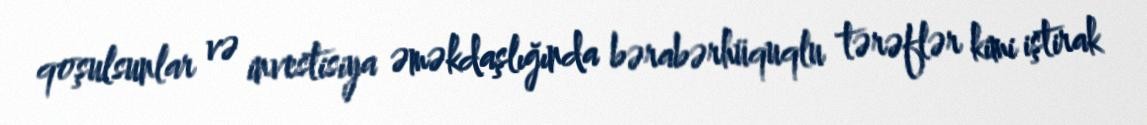
qoşulsunlar və investisiya əməkdaşlığında bərabərhüquqlu tərəflər kimi iştirak